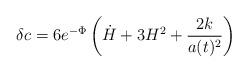
\begin{align*}\delta c = 6e^{-\Phi}\left( {\dot H} + 3H^2 + \frac{2k}{a(t)^2}\right)\end{align*}